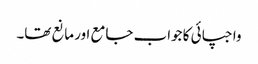
واجپائی کا جواب جامع اور مانع تھا۔